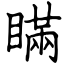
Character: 瞞